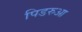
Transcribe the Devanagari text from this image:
पिडरुआ